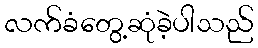
လက်ခံတွေ့ဆုံခဲ့ပါသည်